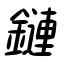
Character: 鏈